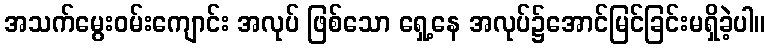
အသက်မွေးဝမ်းကျောင်း အလုပ် ဖြစ်သော ရှေ့နေ အလုပ်၌အောင်မြင်ခြင်းမရှိခဲ့ပါ။